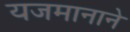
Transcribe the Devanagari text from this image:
यजमानाने